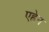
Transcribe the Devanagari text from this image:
एह्रेन